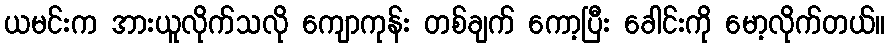
ယမင်းက အားယူလိုက်သလို ကျောကုန်း တစ်ချက် ကော့ပြီး ခေါင်းကို မော့လိုက်တယ်။